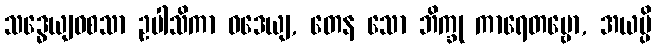
သဒ္ဓေယျဝစသာ ဥပါသိကာ ဝဒေယျ, တေန သော ဘိက္ခု ကာရေတဗ္ဗော, အယမ္ပိ